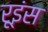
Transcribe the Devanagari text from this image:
रूइंस